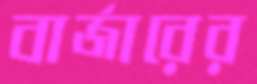
বার্জারের